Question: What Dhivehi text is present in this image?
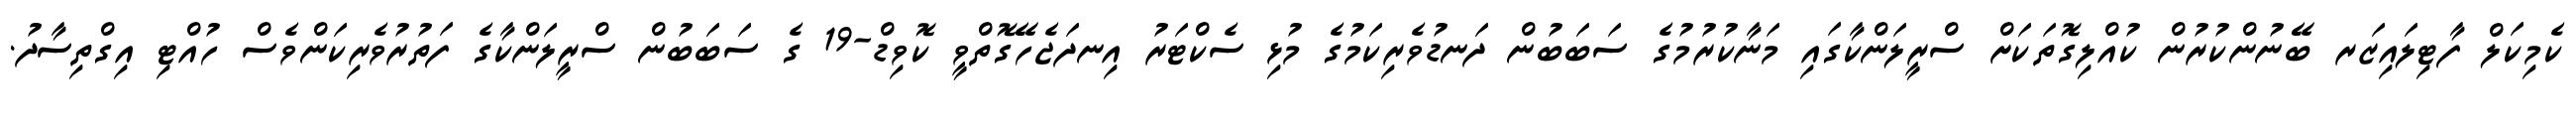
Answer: ކެމިކަލް ފާޓިލައިޒަރ ބޭނުންކުރުން ކުއްލިގޮތަކަށް ސްރީލަންކާގައި މަނާކުރުމުގެ ސަބަބުން ދަނޑުވެރިކަމުގެ މުޅި ސެކްޓަރު އިނދަޖެހޭގޮތްވީ ކޮވިޑް-19 ގެ ސަބަބުން ސްރީލަންކާގެ ފަތުރުވެރިކަންވެސް ހުއްޓި އިގްތިސާދު.